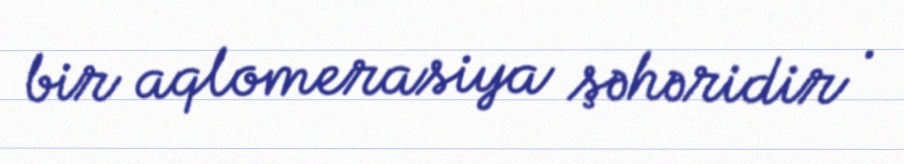
bir aqlomerasiya şəhəridir .